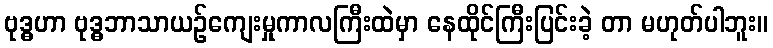
ဗုဒ္ဓဟာ ဗုဒ္ဓဘာသာယဉ်ကျေးမှုကာလကြီးထဲမှာ နေထိုင်ကြီးပြင်းခဲ့ တာ မဟုတ်ပါဘူး။